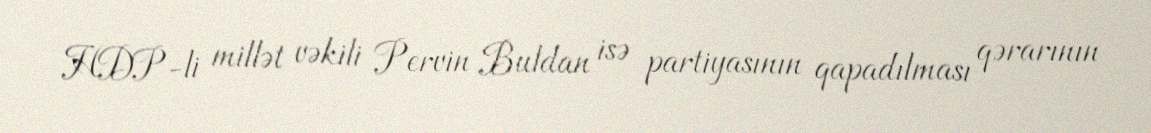
HDP-li millət vəkili Pervin Buldan isə partiyasının qapadılması qərarının